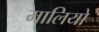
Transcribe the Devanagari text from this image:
मालियो